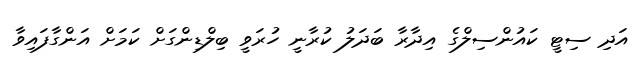
އަދި ސިޓީ ކައުންސިލްގެ އިދާރާ ބަދަލު ކުރާނީ ހުރަވީ ބިލްޑިންގަށް ކަމަށް އަންގާފައިވާ